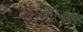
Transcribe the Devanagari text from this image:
खंडनपूर्वक